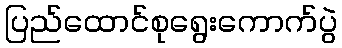
ပြည်ထောင်စုရွေးကောက်ပွဲ